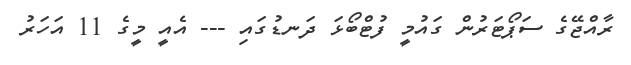
ރާއްޖޭގެ ސަޕޯޓަރުން ގައުމީ ފުޓްބޯޅަ ދަނޑުގައި --- އެއީ މީގެ 11 އަހަރު